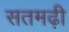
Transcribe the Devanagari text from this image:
सतमढ़ी